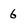
Character: 6